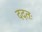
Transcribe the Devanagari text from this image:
ददतः